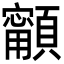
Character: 𩕋